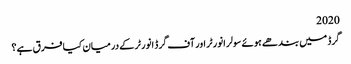
2020
گرڈ میں بندھے ہوئے سولر انورٹر اور آف گرڈ انورٹر کے درمیان کیا فرق ہے؟